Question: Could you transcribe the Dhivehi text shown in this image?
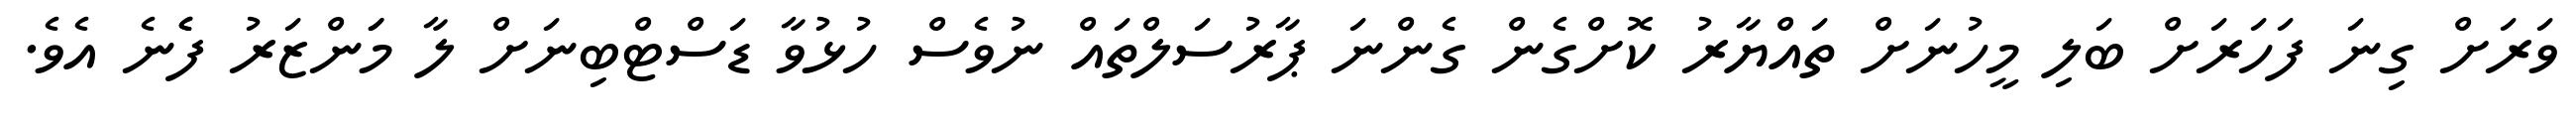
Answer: ވަރަށް ގިނަ ފަހަރަށް ބަލި މީހުނަށް ތައްޔާރު ކޮށްގެން ގެންނަ ޕާރުސަލްތައް ނުވެސް ހުޅުވާ ޑަސްޓްބިނަށް ލާ މަަންޒަރު ފެެނެ އެވެ.